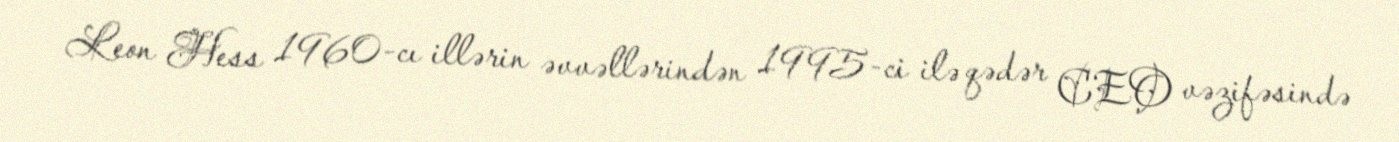
Leon Hess 1960-cı illərin əvvəllərindən 1995-ci ilə qədər CEO vəzifəsində